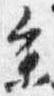
参